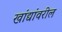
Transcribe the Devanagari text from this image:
खांद्यांवरील